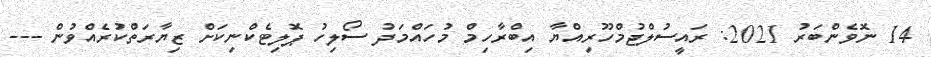
14 ނޮވެންބަރު 2021: ރައީސުލްޖުމްހޫރިއްޔާ އިބްރާހިމް މުހައްމަދު ސޯލިހު ޕޮލިޓެކްނިކަށް ޒިޔާރަތްކުރެއްވުން ---